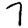
Digit: 7